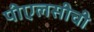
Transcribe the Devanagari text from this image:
पीएलसीची